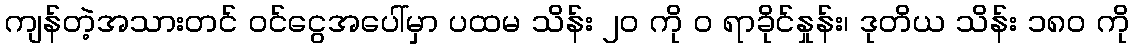
ကျန်တဲ့အသားတင် ဝင်ငွေအပေါ်မှာ ပထမ သိန်း ၂၀ ကို ဝ ရာခိုင်နှုန်း၊ ဒုတိယ သိန်း ၁၈၀ ကို